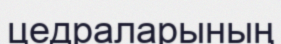
цедраларының